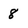
Character: 8